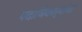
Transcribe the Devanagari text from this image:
पदाधिकार्‍यांचा